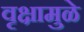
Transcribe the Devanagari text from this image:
वृक्षामुळे